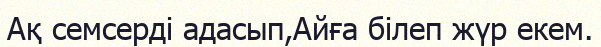
Ақ семсерді адасып,Айға білеп жүр екем.